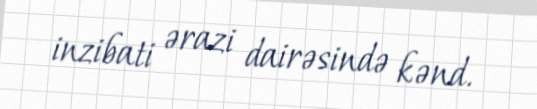
inzibati ərazi dairəsində kənd.